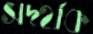
সদর্থক